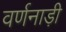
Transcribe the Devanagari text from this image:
वर्णनाड़ी